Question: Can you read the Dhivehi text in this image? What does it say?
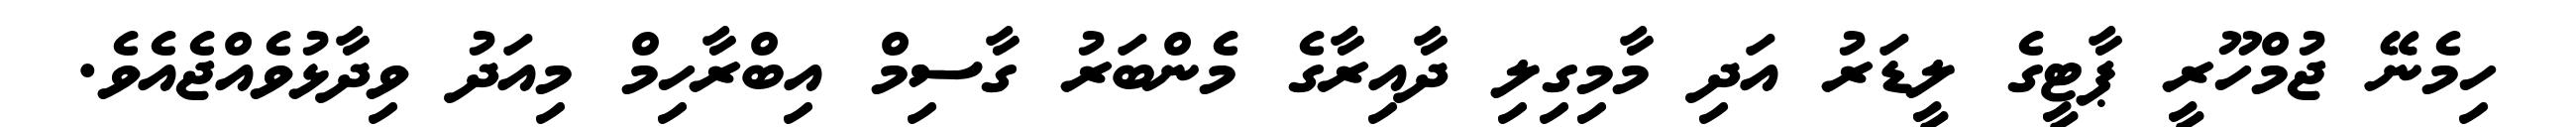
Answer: ހިމެނޭ ޖުމްހޫރީ ޕާޓީގެ ލީޑަރު އަދި މާމިގިލި ދާއިރާގެ މެންބަރު ގާސިމް އިބްރާހިމް މިއަދު ވިދާޅުވެއްޖެއެވެ.